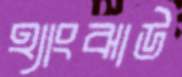
হ্যাংঝাউ